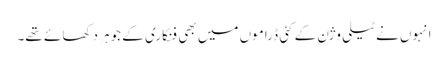
انہوں نے ٹیلی وژن کے کئی ڈراموں میں بھی فنکاری کے جوہر دکھا ئے تھے۔